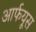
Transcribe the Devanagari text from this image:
आर्फयूस